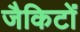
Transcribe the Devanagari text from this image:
जैकिटों